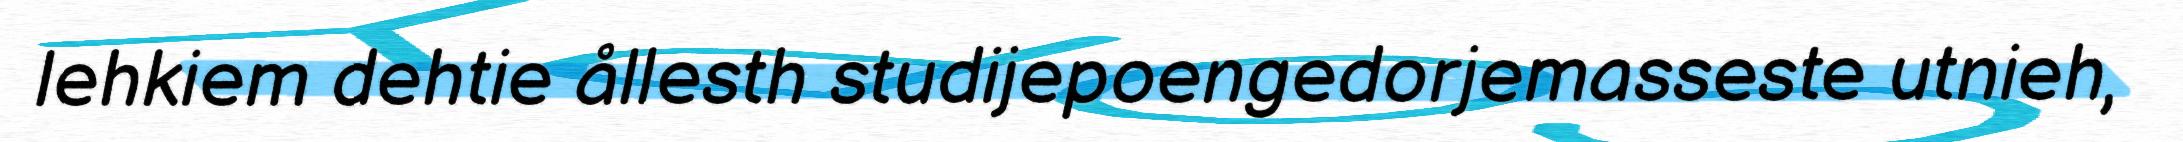
lehkiem dehtie ållesth studijepoengedorjemasseste utnieh,